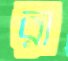
রা